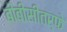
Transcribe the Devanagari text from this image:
बीबीसीतर्फे